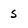
Character: 5